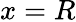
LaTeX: x=R